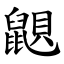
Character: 鼰